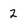
Character: 2